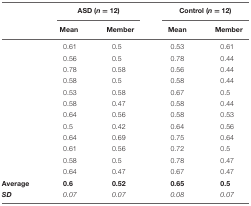
<table><thead><tr><td></td><td colspan="2"><b>ASD (<i>n</i> = 12)</b></td><td colspan="2"><b>Control (<i>n</i> = 12)</b></td></tr><tr><td></td><td><b>Mean</b></td><td><b>Member</b></td><td><b>Mean</b></td><td><b>Member</b></td></tr></thead><tbody><tr><td></td><td>0.61</td><td>0.5</td><td>0.53</td><td>0.61</td></tr><tr><td></td><td>0.56</td><td>0.5</td><td>0.78</td><td>0.44</td></tr><tr><td></td><td>0.78</td><td>0.58</td><td>0.56</td><td>0.44</td></tr><tr><td></td><td>0.58</td><td>0.5</td><td>0.58</td><td>0.44</td></tr><tr><td></td><td>0.53</td><td>0.58</td><td>0.67</td><td>0.5</td></tr><tr><td></td><td>0.58</td><td>0.47</td><td>0.58</td><td>0.44</td></tr><tr><td></td><td>0.64</td><td>0.56</td><td>0.58</td><td>0.53</td></tr><tr><td></td><td>0.5</td><td>0.42</td><td>0.64</td><td>0.56</td></tr><tr><td></td><td>0.64</td><td>0.69</td><td>0.75</td><td>0.64</td></tr><tr><td></td><td>0.61</td><td>0.56</td><td>0.72</td><td>0.5</td></tr><tr><td></td><td>0.58</td><td>0.5</td><td>0.78</td><td>0.47</td></tr><tr><td></td><td>0.64</td><td>0.47</td><td>0.67</td><td>0.47</td></tr><tr><td><b>Average</b></td><td><b>0.6</b></td><td><b>0.52</b></td><td><b>0.65</b></td><td><b>0.5</b></td></tr><tr><td><b><i>SD</i></b></td><td><i>0.07</i></td><td><i>0.07</i></td><td><i>0.08</i></td><td><i>0.07</i></td></tr></tbody></table>